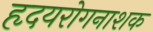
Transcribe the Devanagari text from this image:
हृदयरोगनाशक